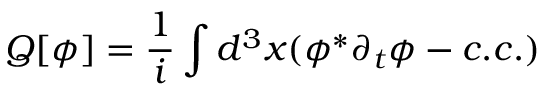
Q [ \phi ] = \frac { 1 } { i } \int d ^ { 3 } x ( \phi ^ { \ast } \partial _ { t } \phi - c . c . )